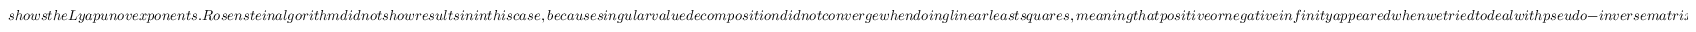
s h o w s t h e L y a p u n o v e x p o n e n t s . R o s e n s t e i n a l g o r i t h m d i d n o t s h o w r e s u l t s i n i n t h i s c a s e , b e c a u s e s i n g u l a r v a l u e d e c o m p o s i t i o n d i d n o t c o n v e r g e w h e n d o i n g l i n e a r l e a s t s q u a r e s , m e a n i n g t h a t p o s i t i v e o r n e g a t i v e i n f i n i t y a p p e a r e d w h e n w e t r i e d t o d e a l w i t h p s e u d o - i n v e r s e m a t r i x . E c k m a n n Y c a n n o t w o r k , e i t h e r , f o r y = 0 i n t h e w h o l e r a n g e . W e m a y s e e t h a t f o r o v e r a l l t r e n d o f \lambda _ { x } , b o t h a l g o r i t h m s h a v e \lambda _ { x } < 0 f o r \mu _ { 0 } < 3 . 0 , w h e r e a s \lambda _ { x } h a s b o t h p o s i t i v e a n d n e g a t i v e v a l u e s f o r \mu _ { 0 } > 3 . 5 . I t i s w i d e l y a c c e p t e d